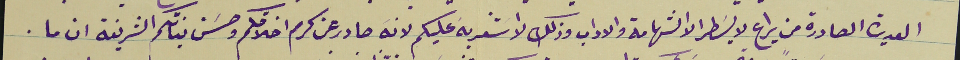
العديدة الصادرة من يراع لا يسَطر الا الشهامة والاداب وذلك لاَشعر بهَ عليكم لانهَ صادر عن كرم اخلاقكم وحسَن نياتكم الشريفة ان ما.